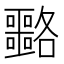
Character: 𡅡